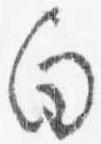
向